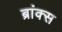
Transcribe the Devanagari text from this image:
ब्रांक्स